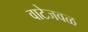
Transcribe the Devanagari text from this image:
वाटेजवळ